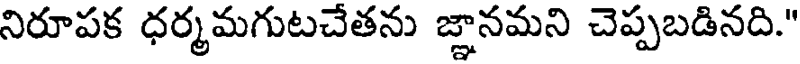
నిరూపక ధర్మమగుటచేతను జ్ఞానమని చెప్పబడినది."